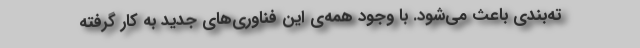
ته‌بندی باعث می‌شود. با وجود همه‌ی این فناوری‌های جدید به کار گرفته